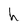
Character: h